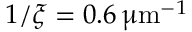
1 / \xi = 0 . 6 \, \upmu \mathrm { m } ^ { - 1 }